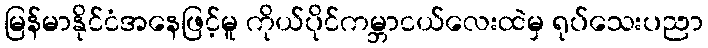
မြန်မာနိုင်ငံအနေဖြင့်မူ ကိုယ်ပိုင်ကမ္ဘာငယ်လေးထဲမှ ရုပ်သေးပညာ